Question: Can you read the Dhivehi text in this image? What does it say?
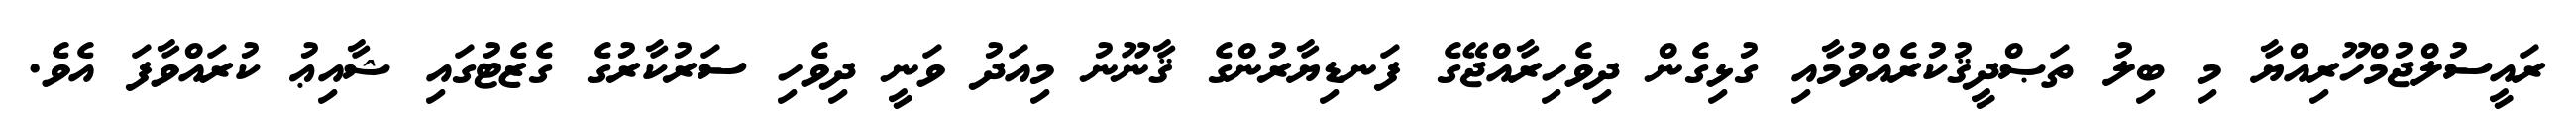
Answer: ރައީސުލްޖުމްހޫރިއްޔާ މި ބިލު ތަޞްދީޤުކުރެއްވުމާއި ގުޅިގެން ދިވެހިރާއްޖޭގެ ފަނޑިޔާރުންގެ ޤާނޫނު މިއަދު ވަނީ ދިވެހި ސަރުކާރުގެ ގެޒެޓުގައި ޝާއިޢު ކުރައްވާފަ އެވެ.